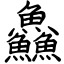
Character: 鱻